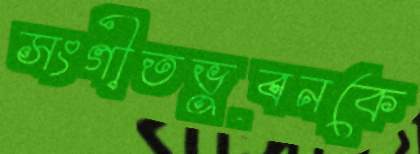
সংগীতভুবনকে